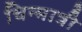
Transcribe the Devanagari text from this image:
चिन्मात्री